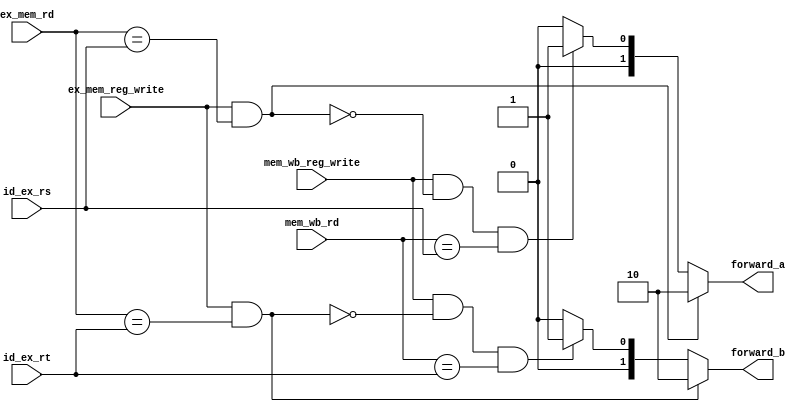
module forwarding_unit(id_ex_rs, id_ex_rt, ex_mem_rd, ex_mem_reg_write,
	mem_wb_rd, mem_wb_reg_write, forward_a, forward_b);

	input [2:0] id_ex_rs, id_ex_rt, ex_mem_rd, mem_wb_rd;
	input ex_mem_reg_write, mem_wb_reg_write;
	output [1:0] forward_a, forward_b;

	assign forward_a = 
		(ex_mem_reg_write 
			& ex_mem_rd == id_ex_rs) ?
			2'b10
		: (mem_wb_reg_write 
			& ~(ex_mem_reg_write & ex_mem_rd == id_ex_rs) 
			& mem_wb_rd == id_ex_rs) ?
			2'b01
		:
			2'b00;

	assign forward_b =
		(ex_mem_reg_write
			& ex_mem_rd == id_ex_rt) ?
			2'b10
		: (mem_wb_reg_write
			& ~(ex_mem_reg_write & ex_mem_rd == id_ex_rt)
			& mem_wb_rd == id_ex_rt) ?
			2'b01
		:
			2'b00;

endmodule